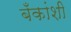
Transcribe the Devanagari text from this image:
बँकांशी